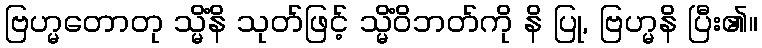
ဗြဟ္မတောတု သ္မိံနိ သုတ်ဖြင့် သ္မိံဝိဘတ်ကို နိ ပြု, ဗြဟ္မနိ ပြီး၏။